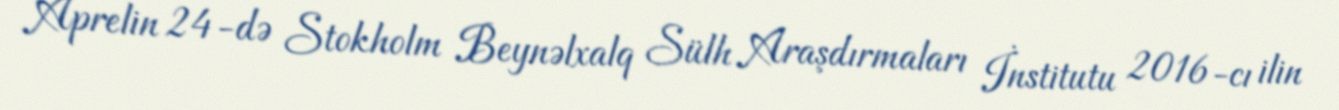
Aprelin 24-də Stokholm Beynəlxalq Sülh Araşdırmaları İnstitutu 2016-cı ilin